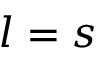
l = s